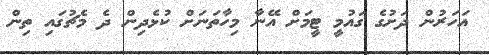
އަހަރުން ދަށުގެ ގައުމީ ޓީމަށް އޭނާ މިހާތަނަށް ކުޅެދިން ދެ މެޗުގައި ތިން